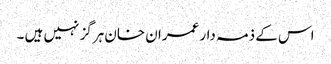
اس کے ذمہ دار عمران خان ہرگز نہیں ہیں ۔